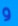
و